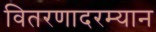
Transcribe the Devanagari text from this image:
वितरणादरम्यान